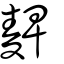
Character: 䴽